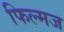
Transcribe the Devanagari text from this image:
फिल्मज